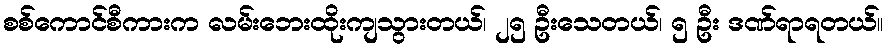
စစ်ကောင်စီကားက လမ်းဘေးထိုးကျသွားတယ်၊ ၂၅ ဦးသေတယ်၊ ၅ ဦး ဒဏ်ရာရတယ်။